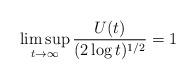
LaTeX: \begin{align*}\limsup_{t\to\infty}\frac{U(t)}{(2\log t)^{1/2}}=1\qquad\end{align*}